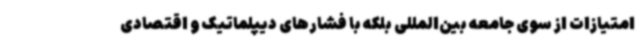
امتیازات از سوی جامعه بین‌المللی بلکه با فشارهای دیپلماتیک و اقتصادی